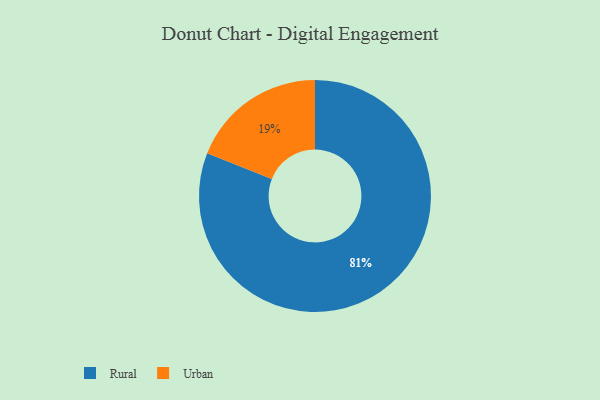
{"axis": {"x": "Category", "y": "Percentage"}, "legend": ["Rural", "Urban"], "data": [{"x": "Urban", "y": 19, "type": "Urban"}, {"x": "Rural", "y": 81, "type": "Rural"}]}